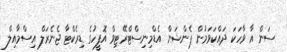
ސަން އާ ވާހަކަ ދައްކަވަމުން ޕެންޝަން އެޑްމިނިސްޓްރޭޓިވް އޮފީހުގެ ޑިރެކްޓާ ޖެނެރަލް އިސްމާއިލް